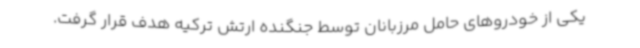
یکی از خودروهای حامل مرزبانان توسط جنگنده ارتش ترکیه هدف قرار گرفت.